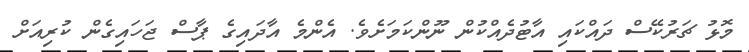
މޮޅު ޗަރުކޭސް ދައްކައި އާޓުދެއްކުން ނޫންކަމަށެވެ. އެންމެ އާދައިގެ ޕާސް ޖަހައިގެން ކުރިއަށް